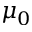
\mu _ { 0 }